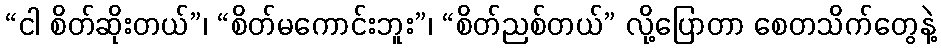
“ငါ စိတ်ဆိုးတယ်”၊ “စိတ်မကောင်းဘူး”၊ “စိတ်ညစ်တယ်” လို့ပြောတာ စေတသိက်တွေနဲ့